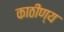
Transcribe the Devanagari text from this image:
काठीण्य